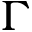
\Gamma